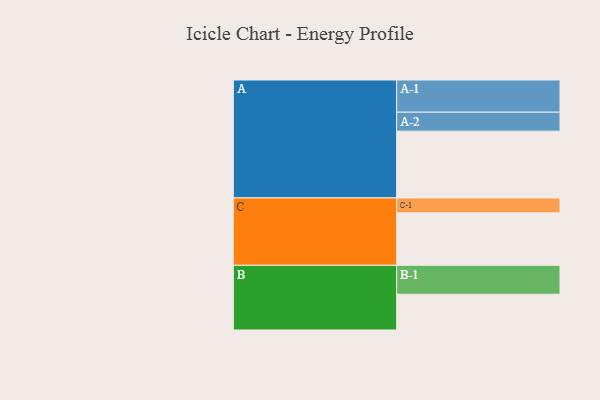
{"axis": {"x": "Segment", "y": "Value"}, "legend": ["", "A", "B", "C"], "data": [{"x": "A", "y": 577, "type": ""}, {"x": "B", "y": 309, "type": ""}, {"x": "C", "y": 453, "type": ""}, {"x": "A-1", "y": 278, "type": "A"}, {"x": "A-2", "y": 164, "type": "A"}, {"x": "B-1", "y": 250, "type": "B"}, {"x": "C-1", "y": 129, "type": "C"}]}